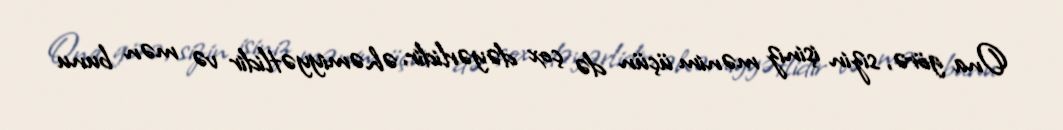
Ona görə, sizin işiniz mənim üçün də çox dəyərlidir, əhəmiyyətlidir və mən bunu